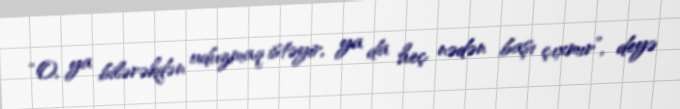
“O, ya bilərəkdən uduzmaq istəyir, ya da heç nədən başı çıxmır”, deyə